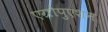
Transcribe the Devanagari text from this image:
एग्रोपुएशन